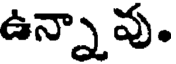
ఉన్నావు.